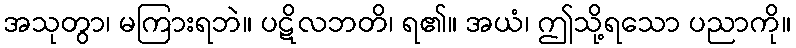
အသုတွာ၊ မကြားရဘဲ။ ပဋိလဘတိ၊ ရ၏။ အယံ၊ ဤသို့ရသော ပညာကို။